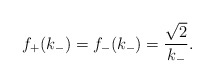
\begin{align*}f_{+}(k_{-})=f_{-}(k_{-})={\sqrt{2}\over k_{-}}.\end{align*}